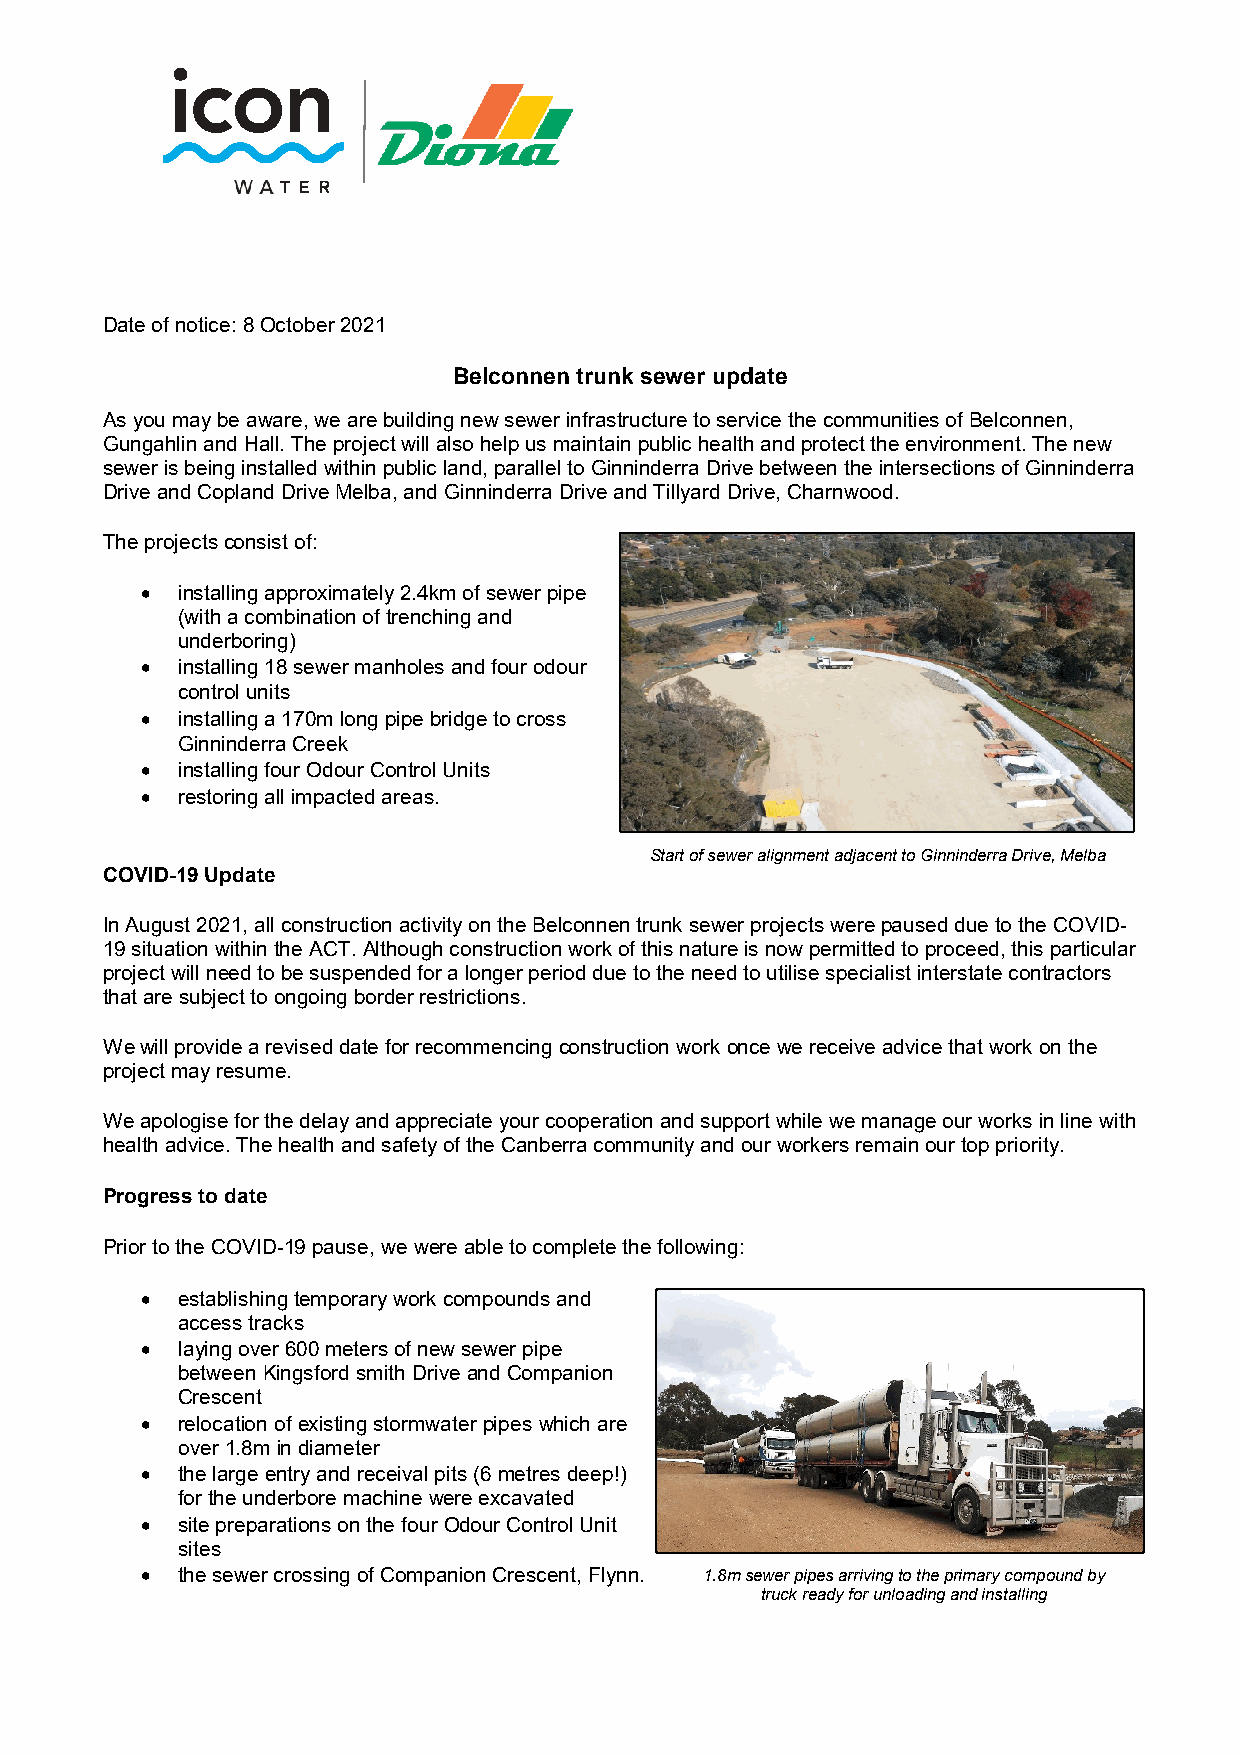
Date of notice: 8 October 2021
 Belconnen trunk sewer update
 As you may be aware, we are building new sewer infrastructure to service the communities of Belconnen,
 Gungahlin and Hall. The project will also help us maintain public health and protect the environment. The new
 sewer is being installed within public land, parallel to Ginninderra Drive between the intersections of Ginninderra
 Drive and Copland Drive Melba, and Ginninderra Drive and Tillyard Drive, Charnwood.
 The projects consist of:
 •  installing approximately 2.4km of sewer pipe
 (with a combination of trenching and
 underboring)
 •  installing 18 sewer manholes and four odour
 control units
 •  installing a 170m long pipe bridge to cross
 Ginninderra Creek
 •  installing four Odour Control Units
 •  restoring all impacted areas.
 Start of sewer alignment adjacent to Ginninderra Drive, Melba
 COVID-19 Update
 In August 2021, all construction activity on the Belconnen trunk sewer projects were paused due to the COVID-
 19 situation within the ACT. Although construction work of this nature is now permitted to proceed, this particular
 project will need to be suspended for a longer period due to the need to utilise specialist interstate contractors
 that are subject to ongoing border restrictions.
 We will provide a revised date for recommencing construction work once we receive advice that work on the
 project may resume.
 We apologise for the delay and appreciate your cooperation and support while we manage our works in line with
 health advice. The health and safety of the Canberra community and our workers remain our top priority.
 Progress to date
 Prior to the COVID-19 pause, we were able to complete the following:
 •  establishing temporary work compounds and
 access tracks
 •  laying over 600 meters of new sewer pipe
 between Kingsford smith Drive and Companion
 Crescent
 •  relocation of existing stormwater pipes which are
 over 1.8m in diameter
 •  the large entry and receival pits (6 metres deep!)
 for the underbore machine were excavated
 •  site preparations on the four Odour Control Unit
 sites
 •  the sewer crossing of Companion Crescent, Flynn. 1.8m sewer pipes arriving to the primary compound by
 truck ready for unloading and installing